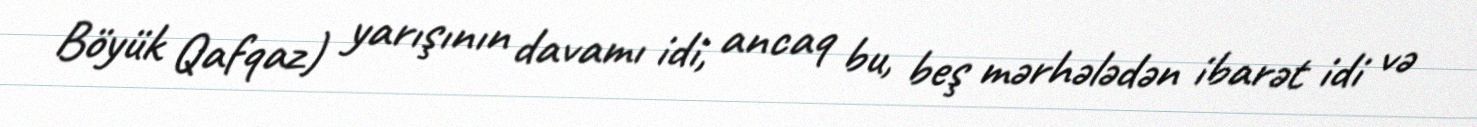
Böyük Qafqaz) yarışının davamı idi, ancaq bu, beş mərhələdən ibarət idi və